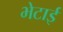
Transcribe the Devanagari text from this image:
भेटाई